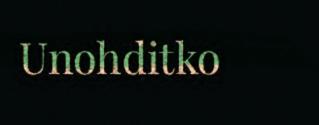
Unohditko